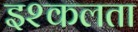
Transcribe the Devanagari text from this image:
इश्कलता